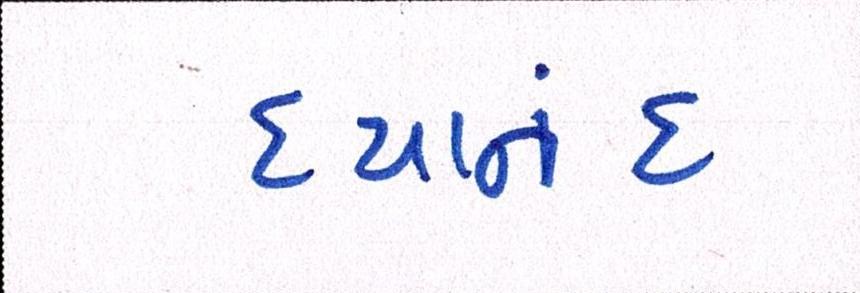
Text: દયાનંદ